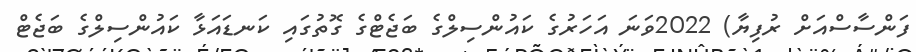
ފަންސާސްއަށް ރުފިޔާ) 2022ވަނަ އަހަރުގެ ކައުންސިލްގެ ބަޖެޓްގެ ގޮތުގައި ކަނޑައަޅާ ކައުންސިލްގެ ބަޖެޓް